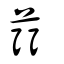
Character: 𦭲